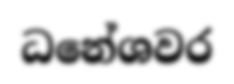
ධනේශවර